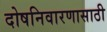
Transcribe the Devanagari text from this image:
दोषनिवारणासाठी